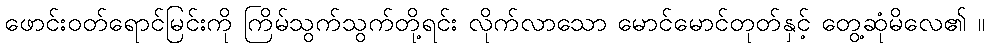
ဖောင်းဝတ်ရောင်မြင်းကို ကြိမ်သွက်သွက်တို့ရင်း လိုက်လာသော မောင်မောင်တုတ်နှင့် တွေ့ဆုံမိလေ၏ ။